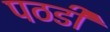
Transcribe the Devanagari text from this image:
पठडी